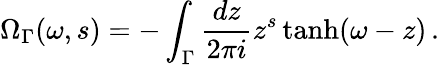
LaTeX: \Omega_{\Gamma}(\omega,s)=-\int_{\Gamma}\frac{dz}{2\pi i}z^{s}\operatorname{tanh}(\omega-z)\, .